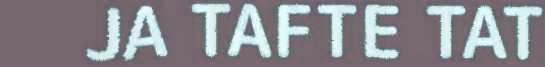
JA TAFTE TAT